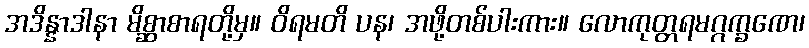
အဒိန္နာဒါနာ မိစ္ဆာစာရတို့မှ။ ဝိရမတိ ပန၊ အဖို့တစ်ပါးကား။ လောကုတ္တရမဂ္ဂက္ခဏေ၊